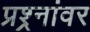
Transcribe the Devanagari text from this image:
प्रश्र्नांवर